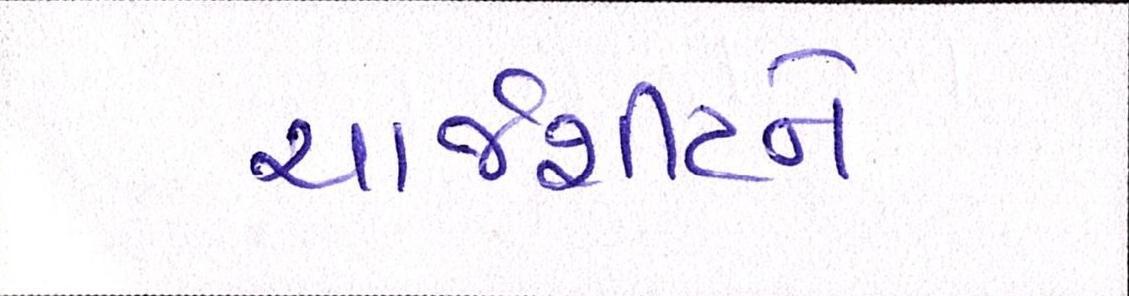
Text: ચાર્જશીટને